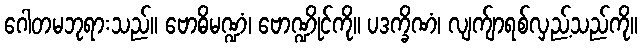
ဂေါတမဘုရားသည်။ ဗောဓိမဏ္ဍံ၊ ဗောဏ္ဍိုင်ကို။ ပဒက္ခိဏံ၊ လျက်ျာရစ်လှည့်သည်ကို။